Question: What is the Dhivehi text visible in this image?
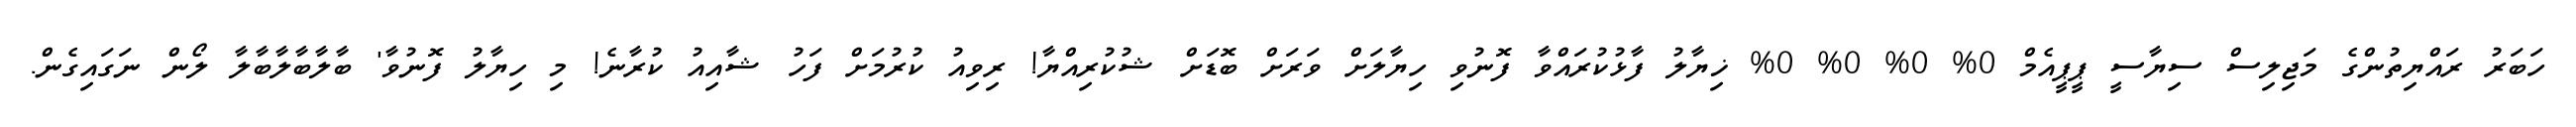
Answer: ހަބަރު ރައްޔިތުންގެ މަޖިލިސް ސިޔާސީ ޕީޕީއެމް 0% 0% 0% 0% ޚިޔާލު ފާޅުކުރައްވާ ފޮނުވި ހިޔާލަށް ވަރަށް ބޮޑަށް ޝުކުރިއްޔާ! ރިވިއު ކުރުމަށް ފަހު ޝާއިއު ކުރާނެ! މި ހިޔާލު ފޮނުވާ' ބާލާބާލާބާލާ ލޯން ނަގައިގެން.